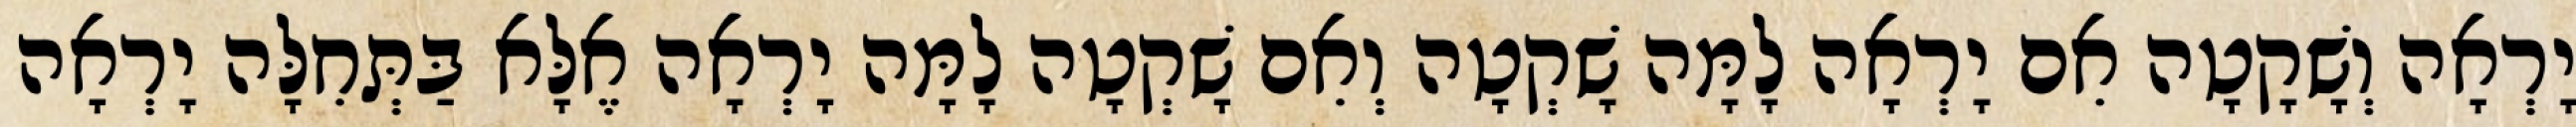
יָרְאָה וְשָׁקָטָה אִם יָרְאָה לָמָּה שָׁקְטָה וְאִם שָׁקְטָה לָמָּה יָרְאָה אֶלָּא בַּתְּחִלָּה יָרְאָה